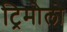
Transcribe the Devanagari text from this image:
ट्रिमोलो